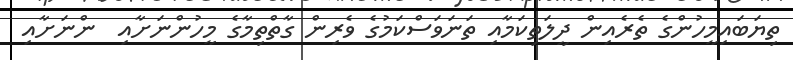
ތިޔަބައިމީހުންގެ ތެރެއިން ދީލަތިކަމާއި ތަނަވަސްކަމުގެ ވެރިން ގާތްތިމާގެ މީހުންނަށާއި  ންނަށާއި